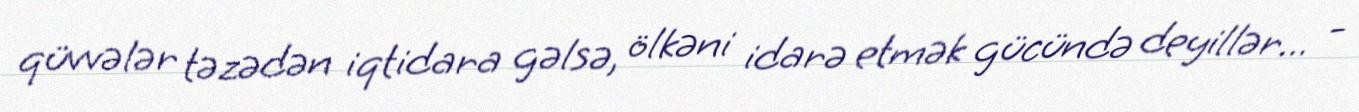
qüvvələr təzədən iqtidara gəlsə, ölkəni idarə etmək gücündə deyillər... -